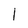
Character: I